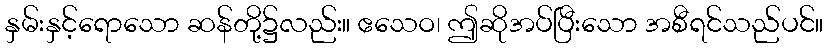
နှမ်းနှင့်ရောသော ဆန်တို့၌လည်း။ ဧသေဝ၊ ဤဆိုအပ်ပြီးသော အစီရင်သည်ပင်။